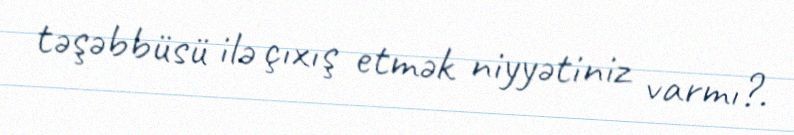
təşəbbüsü ilə çıxış etmək niyyətiniz varmı?.